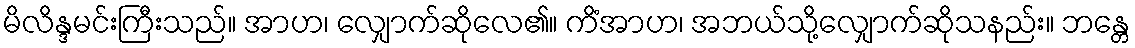
မိလိန္ဒမင်းကြီးသည်။ အာဟ၊ လျှောက်ဆိုလေ၏။ ကိံအာဟ၊ အဘယ်သို့လျှောက်ဆိုသနည်း။ ဘန္တေ